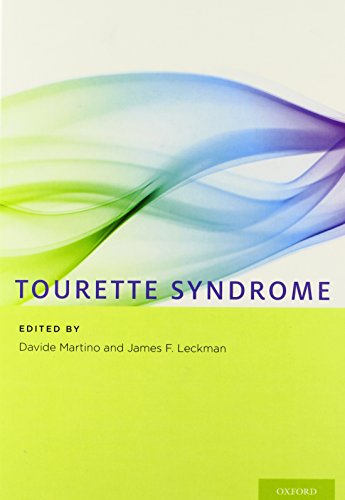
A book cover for Tourette Syndrome; Health, Fitness & Dieting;